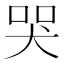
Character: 哭